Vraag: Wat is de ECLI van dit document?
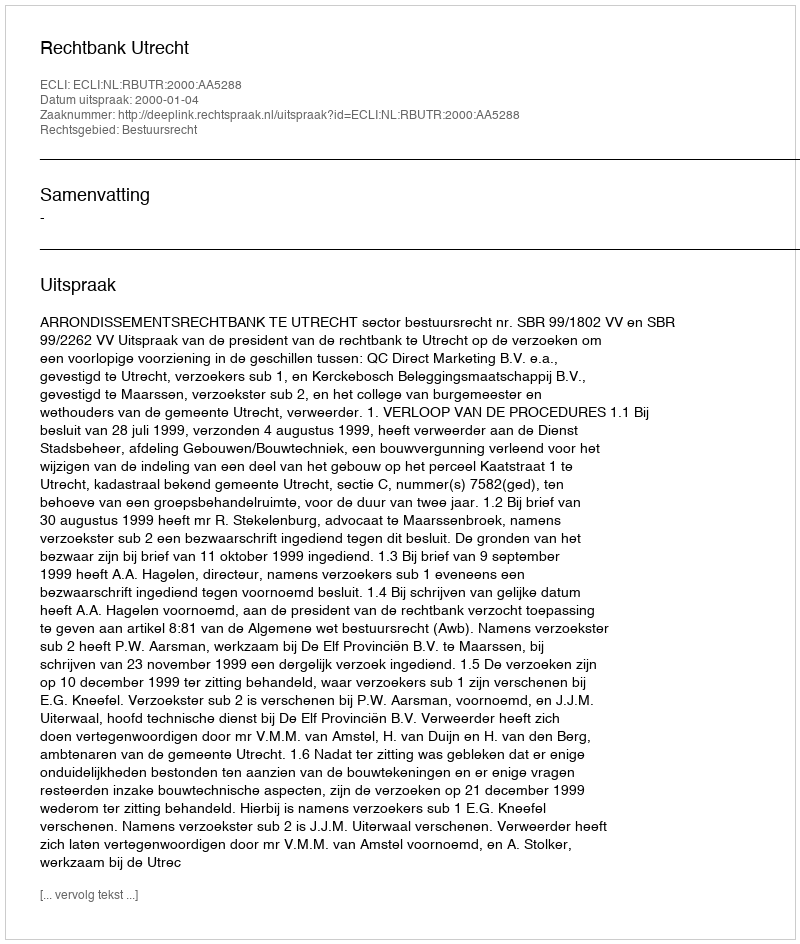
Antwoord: ECLI:NL:RBUTR:2000:AA5288